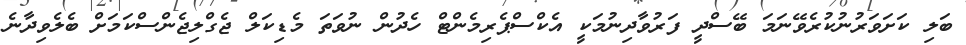
ބަލި ކަށަވަރުނުކުރެވޭނަމަ ބޭސްދީ ފަރުވާދިނުމަކީ އެކްސްޕެރިމެންޓް ހެދުން ނުވަތަ މެޑިކަލް ޖެގްލިޖެންސްކަމަށް ބެލެވިދާނެ